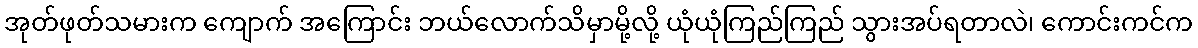
အုတ်ဖုတ်သမားက ကျောက် အကြောင်း ဘယ်လောက်သိမှာမို့လို့ ယုံယုံကြည်ကြည် သွားအပ်ရတာလဲ၊ ကောင်းကင်က